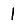
Digit: 1